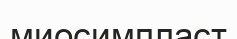
миосимпласт